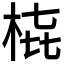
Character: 𭩳